Punjab Mental Hospital Lahore 1922-31 - 1922-1931
Year: 1922
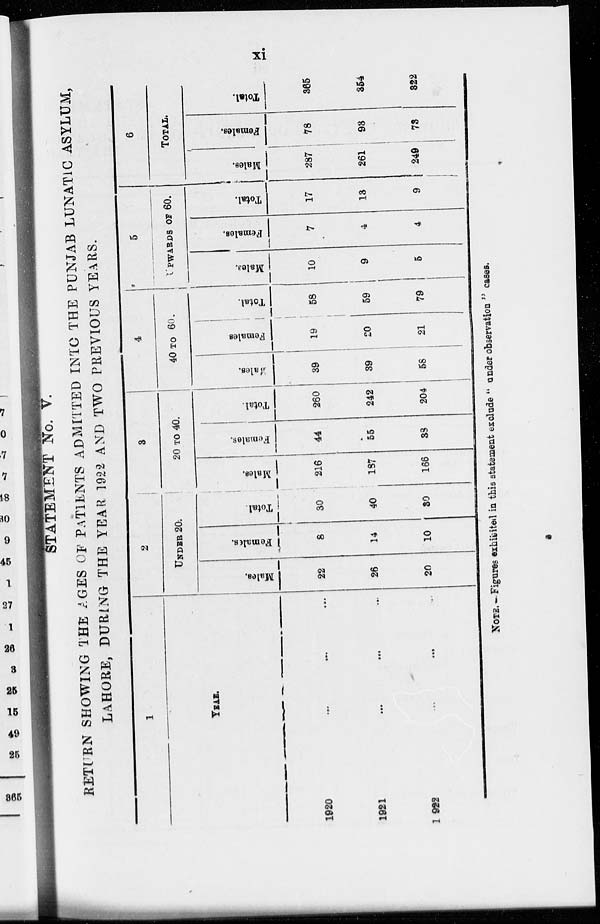
xi
STATEMENT No. V.
RETURN SHOWING THE AGES OF PATIENTS ADMITTED INTO THE PUNJAB LUNATIC ASYLUM,
LAHORE, DURING THE YEAR 1922 AND TWO PREVIOUS YEARS.
1
YEAR.
1920 ... ... ...
1921
...
...
...
1922 ... ... ...
2
UNDER 20.
Males.
22
26
20
Females.
8
14
10
Total.
30
40
30
3
20 TO 40.
Males.
216
187
166
Females.
44
55
38
Total.
260
242
204
4
40 TO 60.
Males.
39
39
58
Females
19
20
21
Total.
58
59
79
5
UPWARDS OF 60.
Males.
10
9
5
Females.
7
4
4
Total.
17
13
9
6
TOTAL.
Males.
287
261
249
Females.
78
93
73
Total.
365
354
322
NOTE. - Figures exhibited in this statement exclude " under observation " cases.